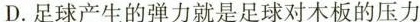
D. 足球产生的弹力就是足球对木板的压力